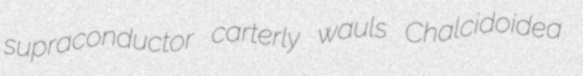
supraconductor carterly wauls Chalcidoidea